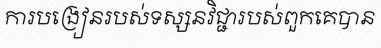
ការបង្រៀនរបស់ទស្សនវិជ្ជារបស់ពួកគេបាន